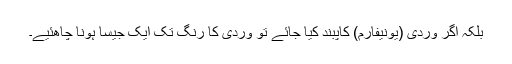
بلکہ اگر وردی (یونیفارم) کاپبند کیا جائے تو وردی کا رنگ تک ایک جیسا ہونا چاھئیے۔